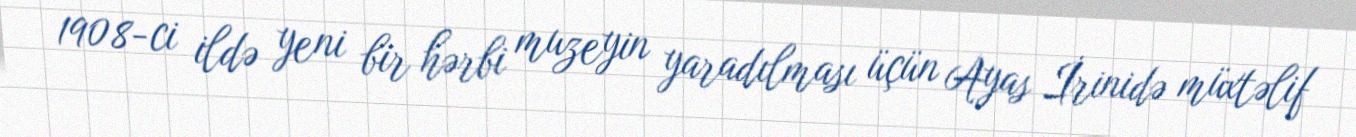
1908-ci ildə yeni bir hərbi muzeyin yaradılması üçün Ayas İrinidə müxtəlif